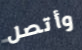
وأتصل